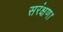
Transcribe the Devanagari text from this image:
सरंक्षण।